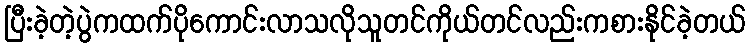
ပြီးခဲ့တဲ့ပွဲကထက်ပိုကောင်းလာသလိုသူတင်ကိုယ်တင်လည်းကစားနိုင်ခဲ့တယ်